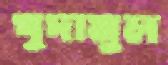
খুদামুল